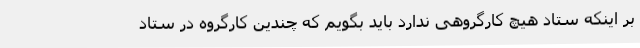
بر اینکه ستاد هیچ کارگروهی ندارد باید بگویم که چندین کارگروه در ستاد